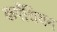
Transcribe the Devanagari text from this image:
कर्पेथियन